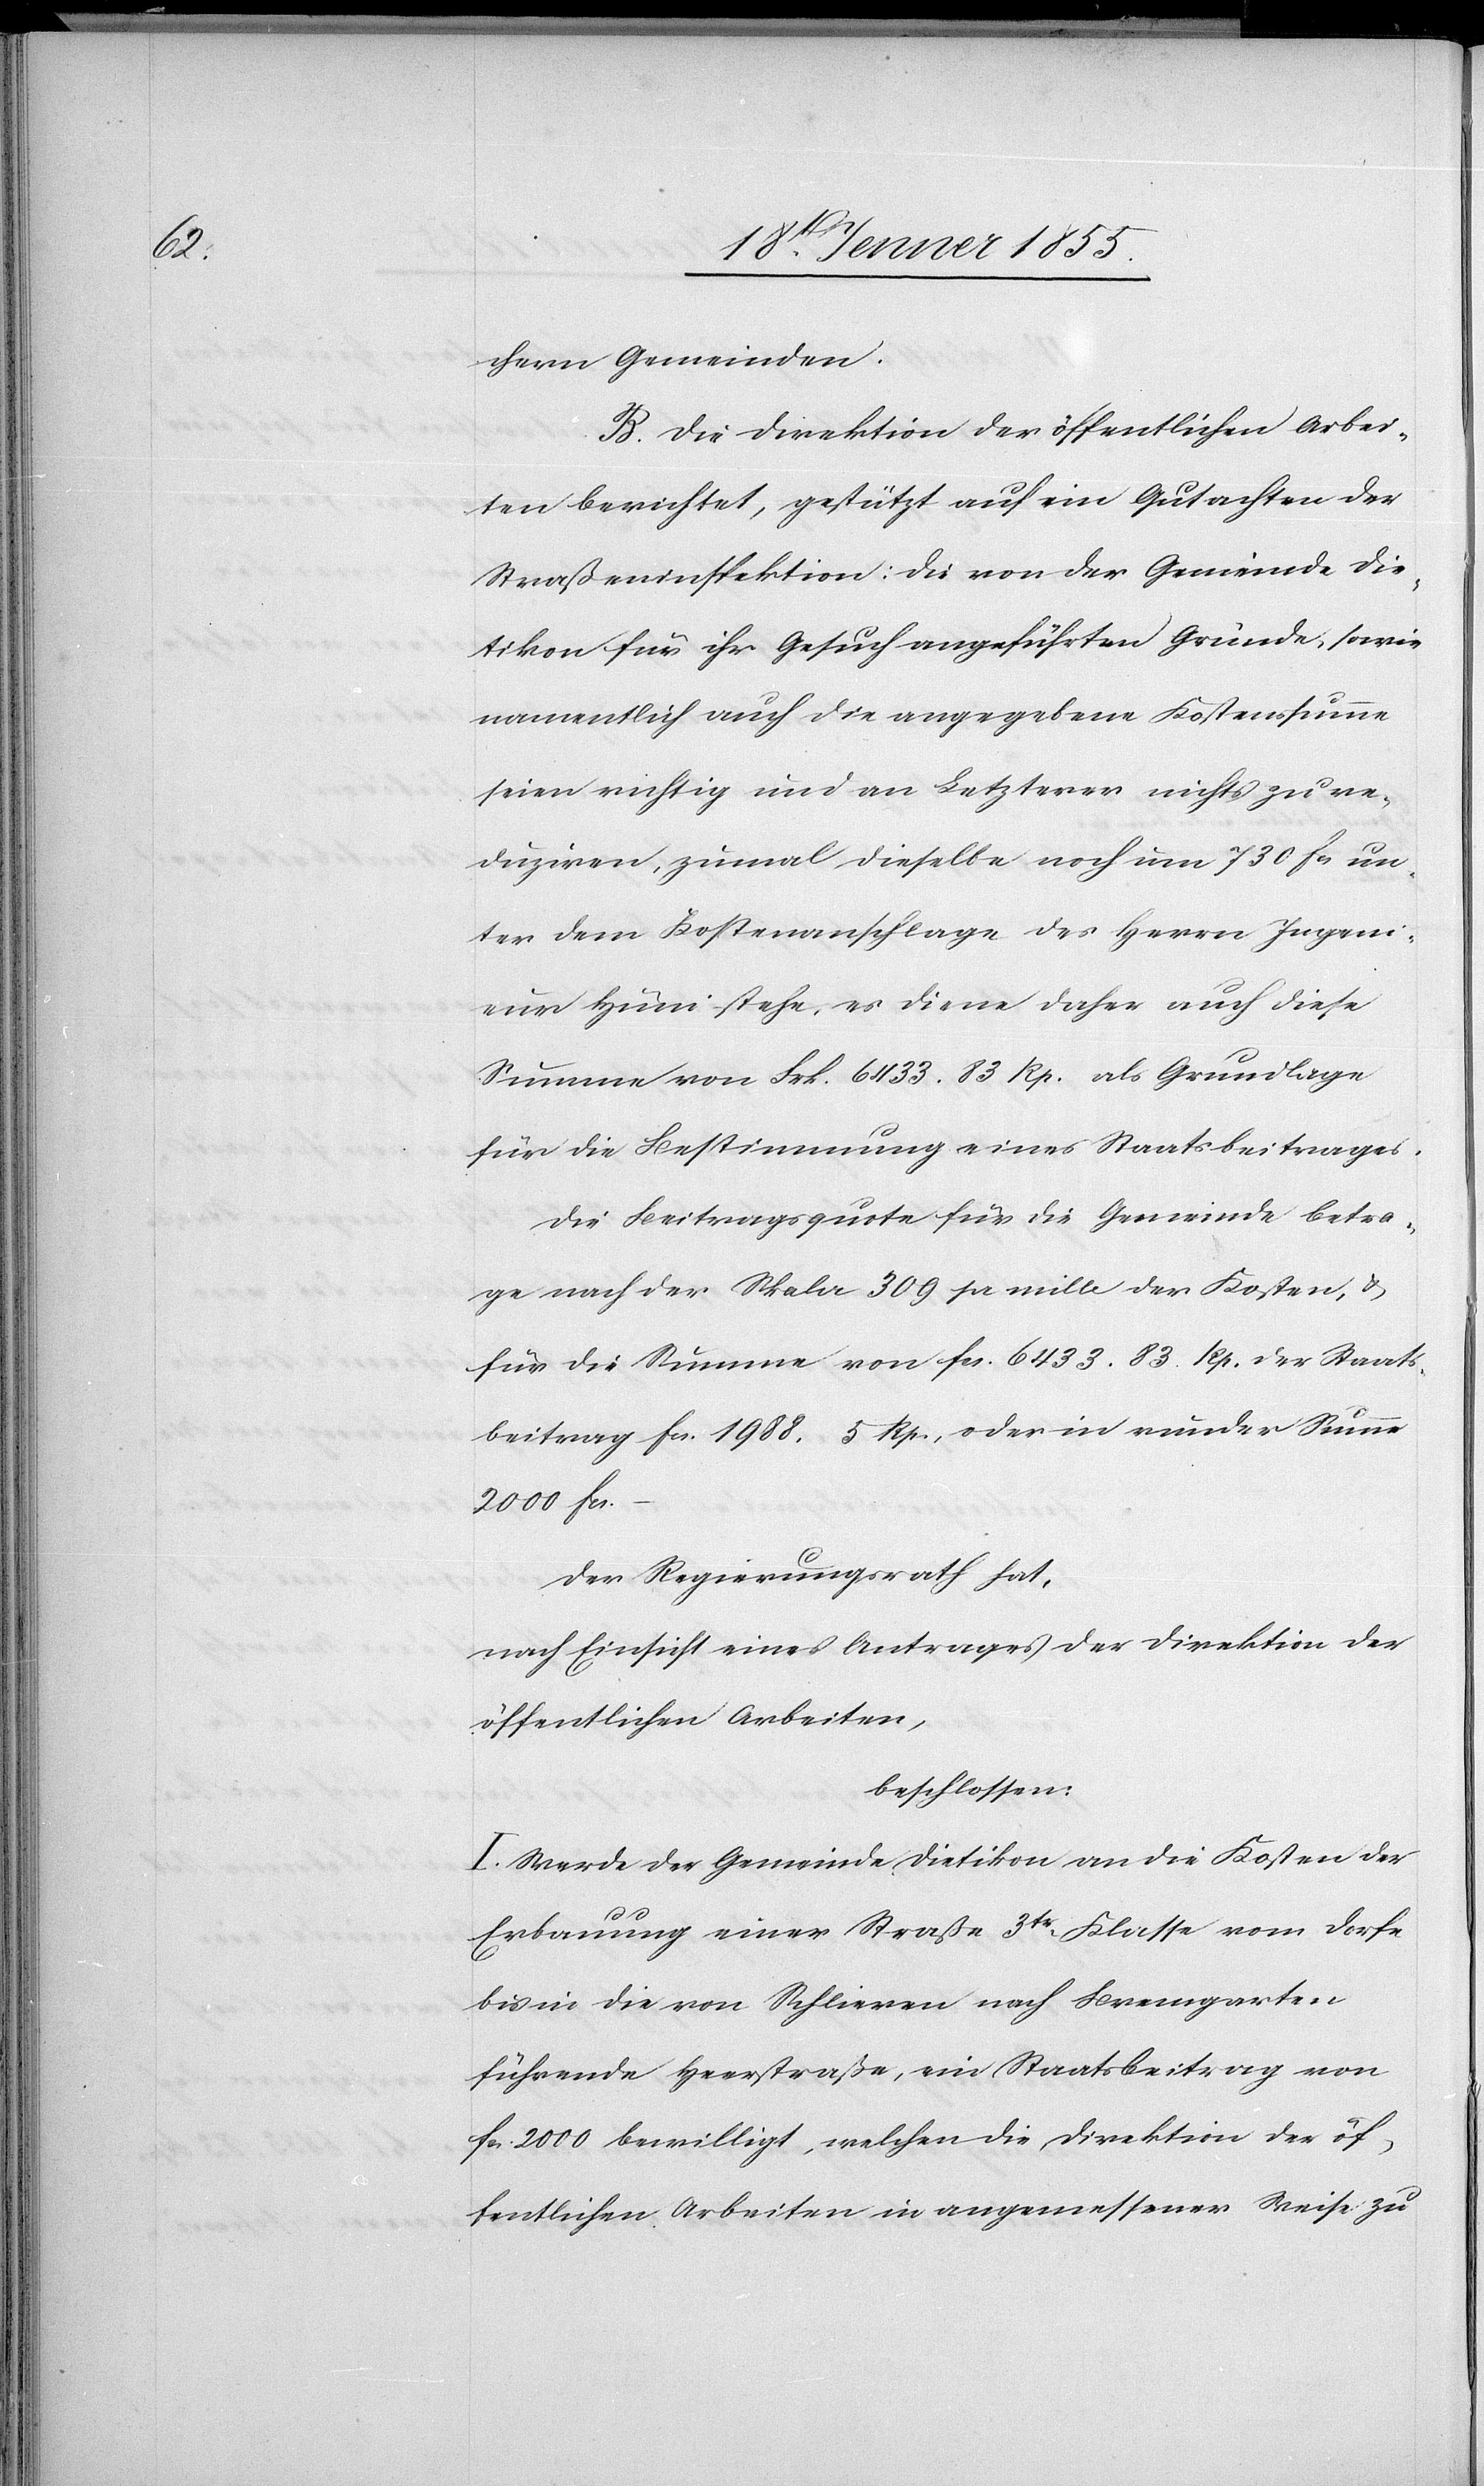
chern Gemeinden.
B. Die Direktion der öffentlichen Arbei¬
ten berichtet, gestützt auf ein Gutachten der
Straßeninspektion: Die von der Gemeinde Die¬
tikon für ihr Gesuch angeführten Gründe, sowie
namentlich auch die angegebene Kostensumme
seien richtig und an Letzterer nichts zu re¬
duziren, zumal dieselbe noch um 730 Fcs. un¬
ter dem Kostenanschlage des Herrn Ingeni¬
eur Hüni stehe, es diene daher auch diese
Summe von Frk. 6433. 83 Rp. als Grundlage
für die Bestimmung eines Staatsbeitrages.
Die Beitragsquote für die Gemeinde betra¬
ge nach der Skala 309 pr mille der Kosten, &
für die Summe von Fcs. 6433. 83. Rp. der Staats¬
beitrag Fcs. 1988. 5 Rp., oder in runder Summe
2000 Fcs.
Der Regierungsrath hat,
nach Einsicht eines Antrages der Direktion der
öffentlichen Arbeiten,
beschlossen:
I. Werde der Gemeinde Dietikon an die Kosten der
Erbauung einer Straße 3tr. Klasse vom Dorfe
bis in die von Schlieren nach Bremgarten
führende Heerstraße, ein Staatsbeitrag von
Fcs. 2000 bewilligt, welchen die Direktion der öf¬
fentlichen Arbeiten in angemessener Weise zu